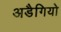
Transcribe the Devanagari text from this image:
अडैगियो